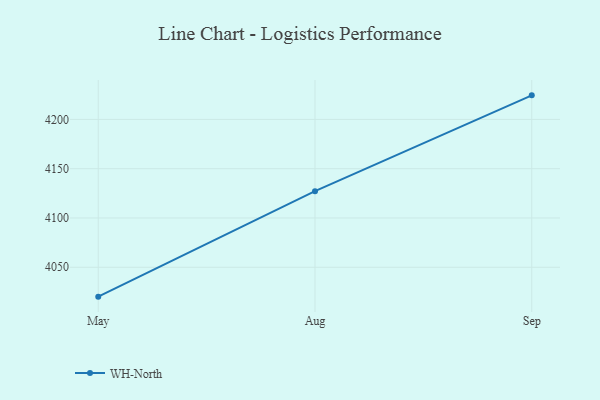
{"axis": {"x": "Month", "y": "Demand Index"}, "legend": ["WH-North"], "data": [{"x": "May", "y": 4020.2, "type": "WH-North"}, {"x": "Aug", "y": 4127.2, "type": "WH-North"}, {"x": "Sep", "y": 4224.4, "type": "WH-North"}]}